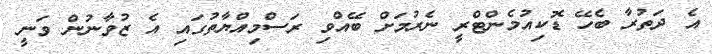
އެ ދަތުރާ ބެހޭ ޑޮކިއުމެންޓްރީ ނެރުމަށް ބޭއްވި ރަސްމިއްޔާތުގައި އެ ޒުވާނުން ވަނީ